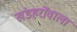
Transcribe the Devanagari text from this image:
खंडहरोंवाला